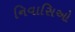
નિવાસિઓ